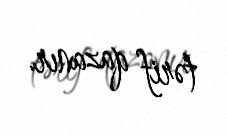
tərif qazanır.